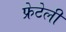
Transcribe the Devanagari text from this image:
फ्रेटेली